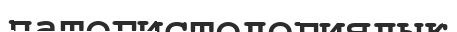
патогистологиялық